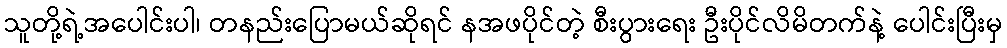
သူတို့ရဲ့အပေါင်းပါ၊ တနည်းပြောမယ်ဆိုရင် နအဖပိုင်တဲ့ စီးပွားရေး ဦးပိုင်လိမိတက်နဲ့ ပေါင်းပြီးမှ